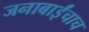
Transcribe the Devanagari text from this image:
जनाबाईंचाच